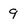
Character: 9